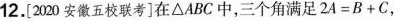
12.[220安徽五校联考]在△ABC中，三个角满足$$2 A = B + C$$，